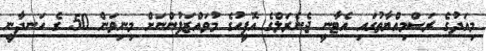
މިއަދުގެ ރަސްމިއްޔާތުގައި އެޓާނީ ޖެނެރަލްގެ އޮފީހުގެ މުވައްޒަފުންނަށް މިނިވަން 50 ގެ ހަނދާނީ